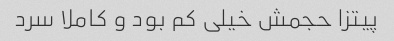
پیتزا حجمش خیلی کم بود و کاملا سرد